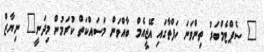
" ސެޕްޓެމްބަރު ތިންވަނަ ހަފްތާގައި އޭޖީއެމް ބާއްވަން މަސައްކަތް ކުރަމުން މިދަނީ" ނިޔާޒް